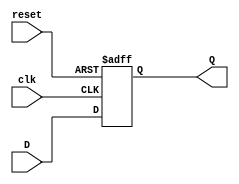
`timescale 1ns / 1ps
//////////////////////////////////////////////////////////////////////////////////
// Company: 
// Engineer: 
// 
// Design Name: 
// Module Name:    DFlipFlop 
// Project Name: 
// Target Devices: 
// Tool versions: 
// Description: 
//
// Dependencies: 
//
// Revision: 
// Revision 0.01 - File Created
// Additional Comments: 
//
//////////////////////////////////////////////////////////////////////////////////
module DFlipFlop(
    output reg Q,
	 input D,
    input clk,
	 input reset
    );
	 always@(negedge clk, negedge reset)
	 if(reset == 0)
		Q <= 1'b0;
	 else
		Q <= D;
endmodule